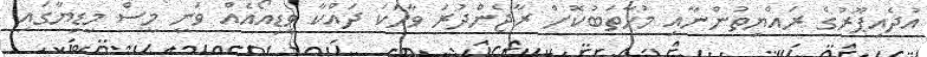
އުދެއިޕޫރުގެ ރައްޔިތުންނާއި މުހާތަބުކޮށް ރާޖެންދުރަ ވާހަކަ ދައްކާ ވީޑިއޯއެއް ވަނީ މީސް މީޑިޔާގައި